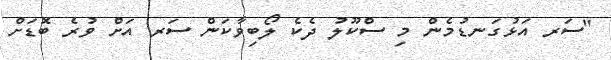
"ސަރ އަޅުގަނޑުމެން މި ސްކޫލު ދެކެ ލޯބިވާކަން ސަރ އަށް ވުރެ ބޮޑަށް